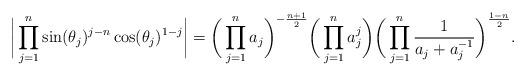
LaTeX: \begin{align*} \bigg|\prod_{j=1}^n\sin(\theta_j)^{j-n}\cos(\theta_j)^{1-j}\bigg|=\bigg(\prod_{j=1}^na_j\bigg)^{-\frac{n+1}2}\bigg(\prod_{j=1}^na_j^j\bigg)\bigg(\prod_{j=1}^n\frac1{a_j+a_j^{-1}}\bigg)^{\frac{1-n}2}.\end{align*}